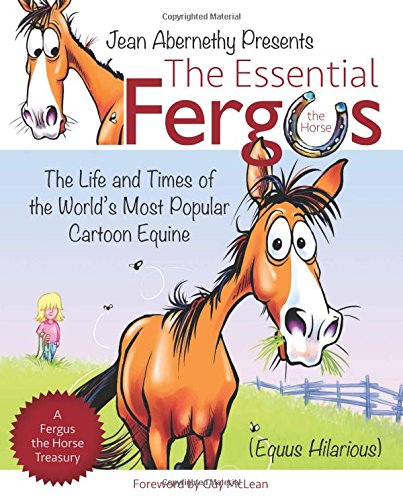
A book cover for The Essential Fergus the Horse: The Life and Times of the World's Favorite Cartoon Equine; Jean Abernethy; Crafts, Hobbies & Home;